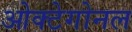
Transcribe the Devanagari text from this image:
ओक्टेगोनल